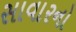
સાવારનો